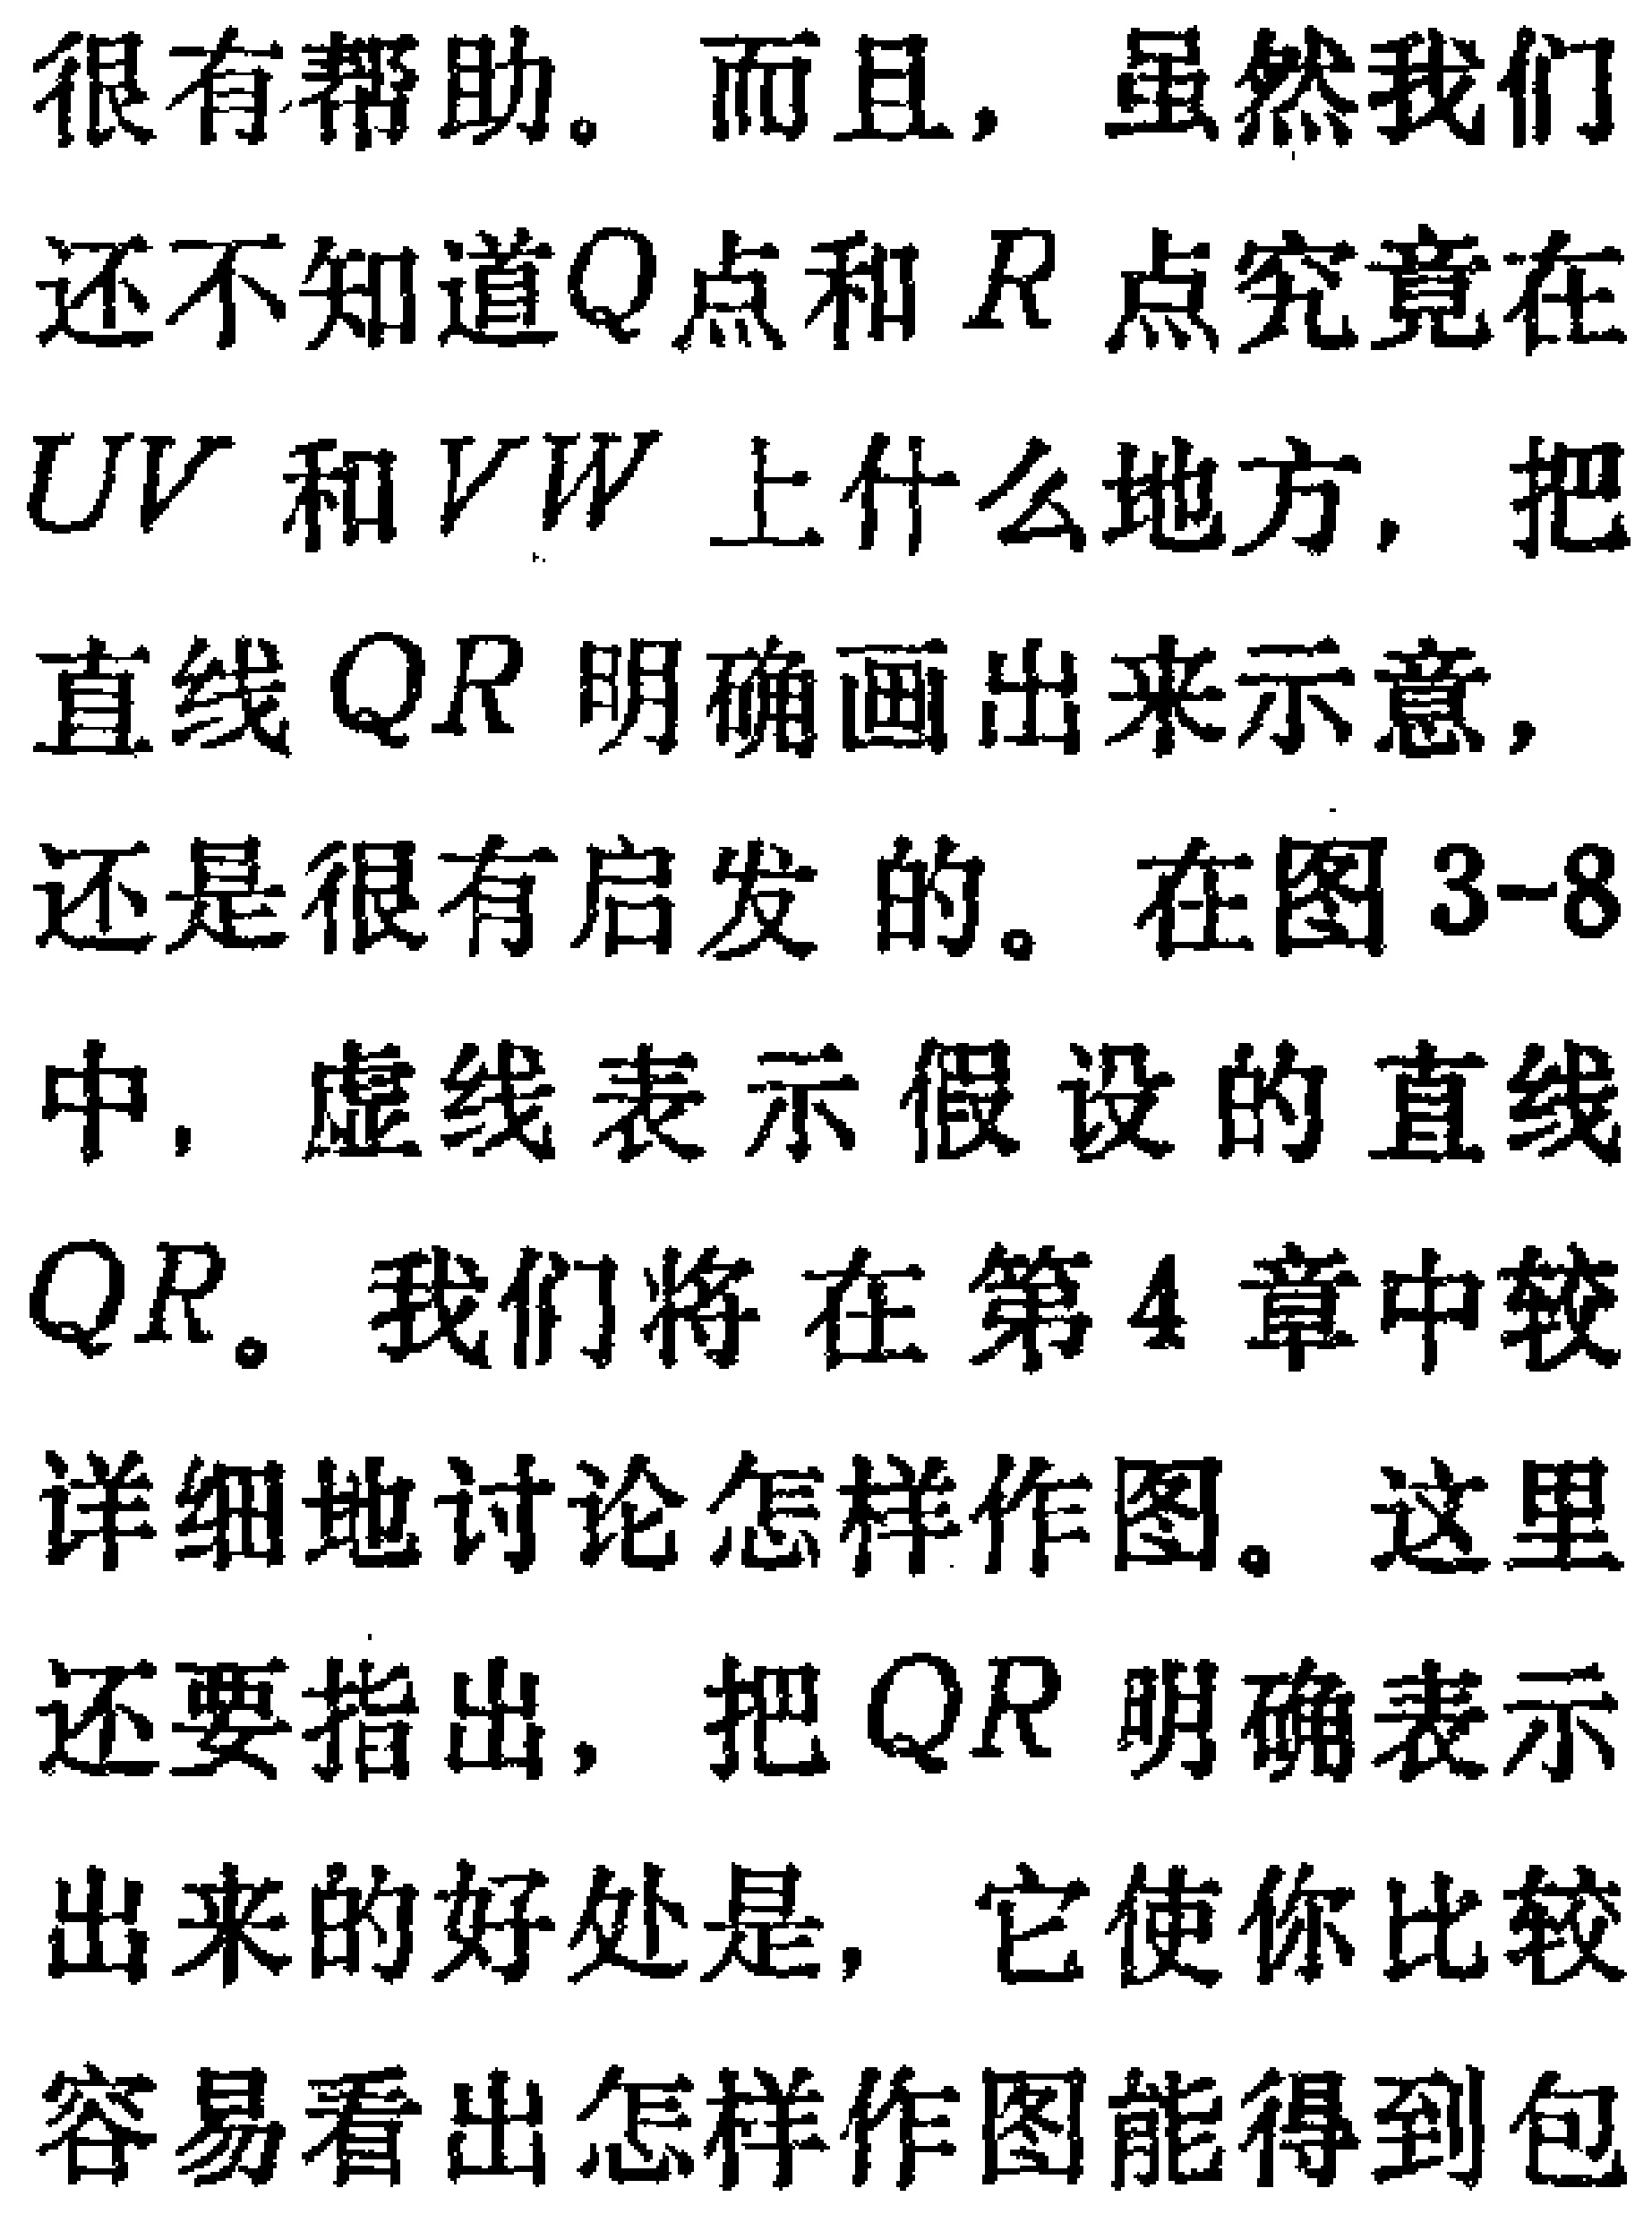
很有帮助。而且，虽然我们还不知道\(Q\)点和\(R\)点究竟在\(UV\)和\(VW\)上什么地方，把直线\(QR\)明确画出来示意，还是很有启发的。在图3-8中，虚线表示假设的直线\(QR\)。我们将在第4章中较详细地讨论怎样作图。这里还要指出，把\(QR\)明确表示出来的好处是，它使你比较容易看出怎样作图能得到包